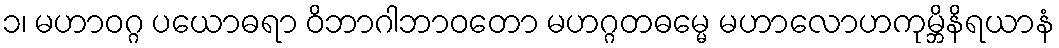
၁၊ မဟာဝဂ္ဂ ပယောဓရာ ဝိဘာဂါဘာဝတော မဟဂ္ဂတဓမ္မေ မဟာလောဟကုမ္ဘိနိရယာနံ